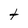
Character: t